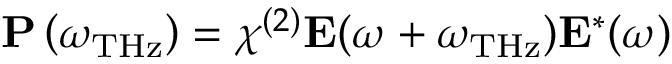
\mathbf { P } \left( \omega _ { \mathrm { T H z } } \right) = \chi ^ { ( 2 ) } \mathbf { E } ( \omega + \omega _ { \mathrm { T H z } } ) \mathbf { E } ^ { * } ( \omega )